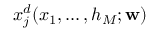
x _ { j } ^ { d } ( x _ { 1 } , \hdots , h _ { M } ; \mathbf { w } )